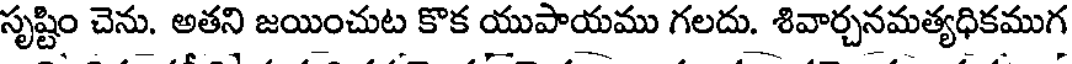
సృష్టిం చెను. అతని జయించుట కొక యుపాయము గలదు. శివార్చనమత్యధికముగ